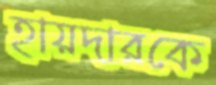
হায়দারকে